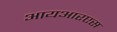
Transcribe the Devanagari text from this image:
आयआरएस